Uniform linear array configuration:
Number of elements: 4
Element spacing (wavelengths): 0.25
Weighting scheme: kaiser
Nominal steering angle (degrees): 15
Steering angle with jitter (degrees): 15.27
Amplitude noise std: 0.05
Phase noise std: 0.05

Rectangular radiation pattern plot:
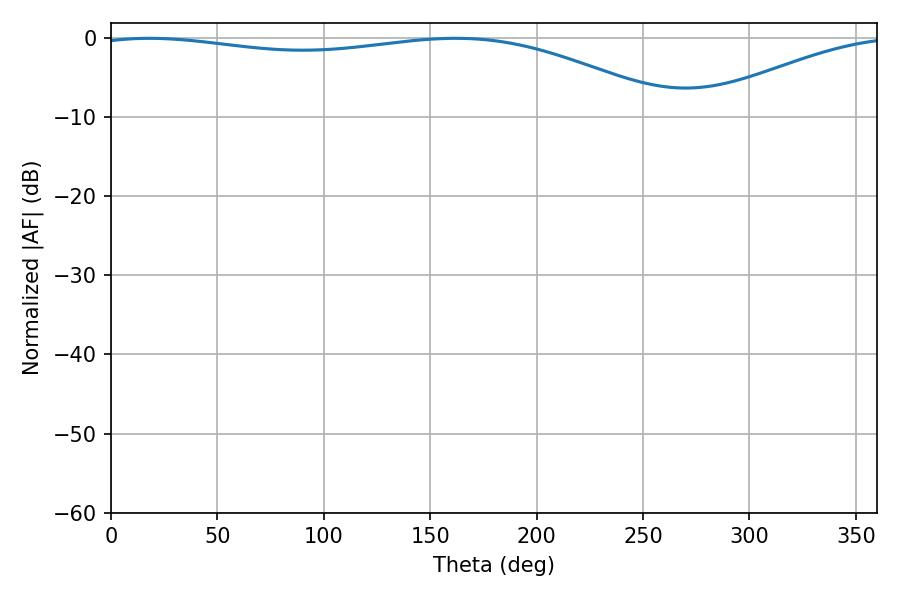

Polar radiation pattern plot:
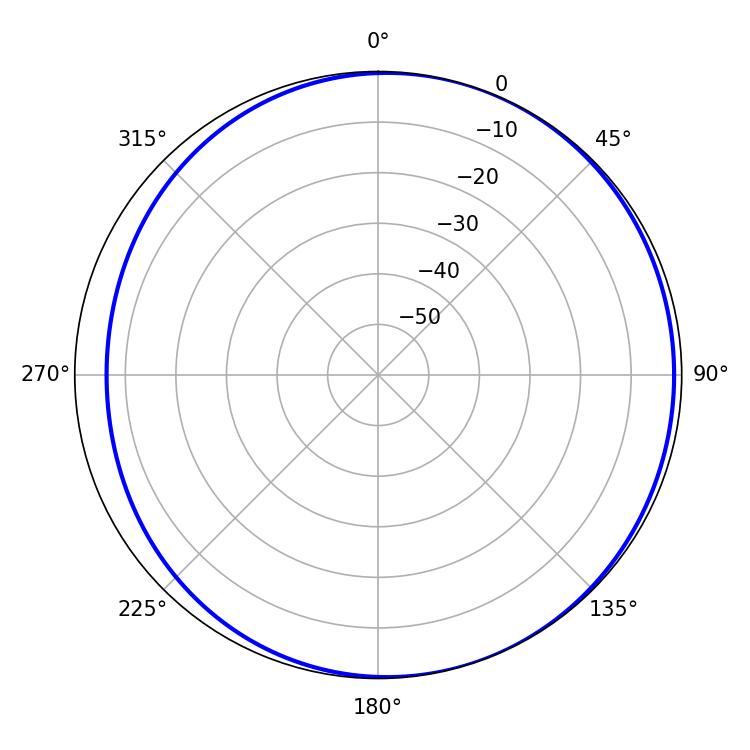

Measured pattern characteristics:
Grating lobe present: FALSE
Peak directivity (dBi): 3.635
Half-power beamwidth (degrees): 219.78
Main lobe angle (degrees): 18